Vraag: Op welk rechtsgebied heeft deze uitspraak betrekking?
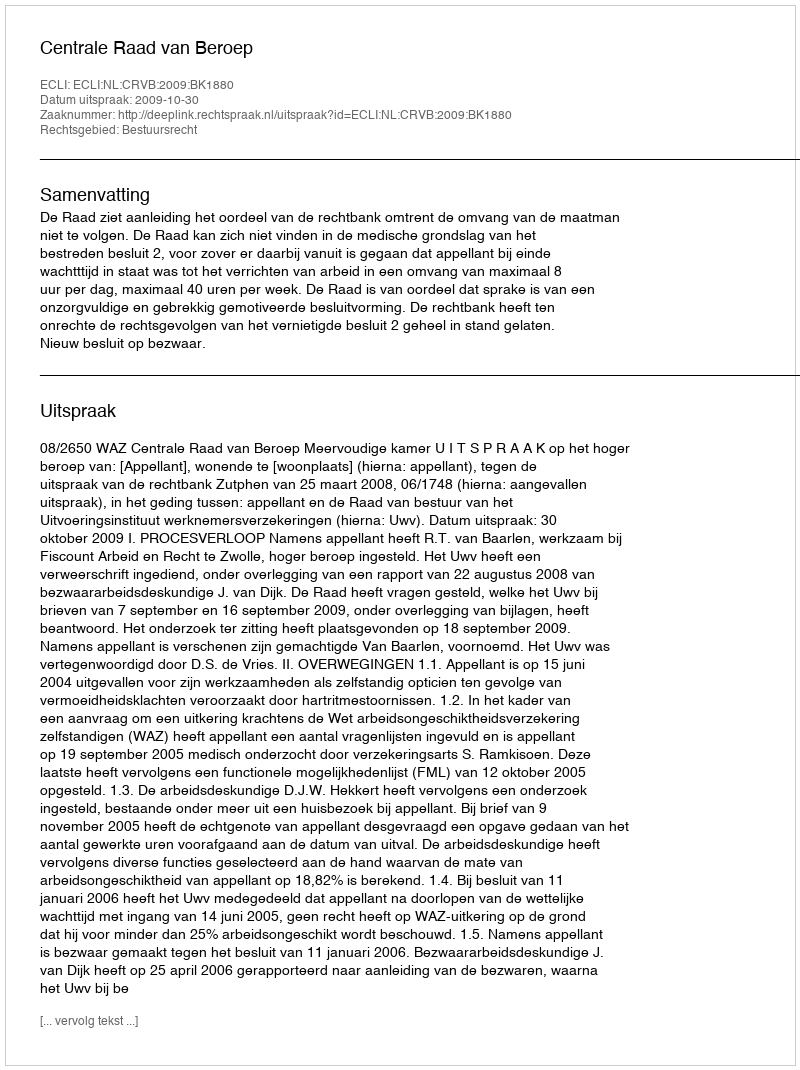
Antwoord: Bestuursrecht